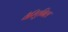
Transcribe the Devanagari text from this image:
वैरिएबिल